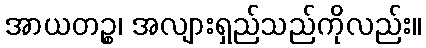
အာယတဉ္စ၊ အလျားရှည်သည်ကိုလည်း။